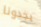
يجدونا